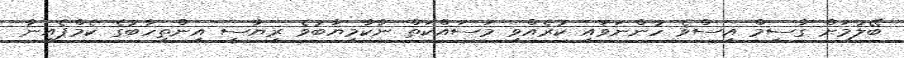
ބޭލުމަށް ގާސިމް އިސްވެ ހުންނަވައި ކުރެއްވި މަސައްކަތް ނާކާމިޔާބުވެ ރިޔާސީ އިންތިހާބުގެ ކެމްޕެއިނާ